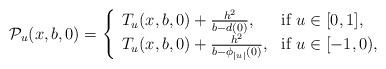
LaTeX: \begin{align*}\mathcal{P}_u( {x}, {b},0)&=\left\{\begin{array}{ll}T_u(x,b,0)+\frac{h^2}{ {b}- {d}(0)},&\mbox{if $u\in[0,1]$},\\T_u(x,b,0)+\frac{h^2}{ {b}- {\phi}_{|u|}(0)},&\mbox{if $u\in[-1,0)$},\end{array}\right.\end{align*}